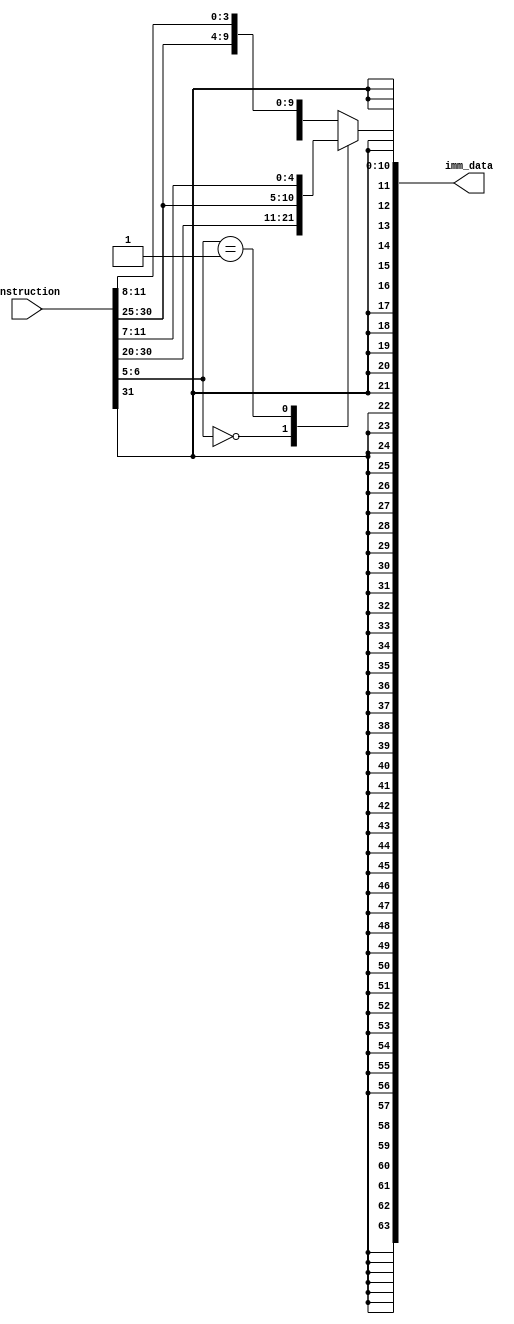
module dataExtract
(
    input [31:0]instruction,
    output reg [63:0]imm_data
);

always @ (*)
begin
case({instruction[6], instruction[5]})
    2'b00 : imm_data = {{52{instruction[31]}}, instruction[31:20]};
    2'b01 : imm_data = {{52{instruction[31]}}, instruction[31:25], instruction[11:7]};
    default : imm_data = {{52{instruction[31]}}, instruction[31], instruction[7], instruction[30:25], instruction[11:8]};
endcase
end

endmodule